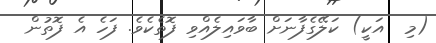
(މި  އަކީ) ކަލޭގެފާނަށް ބާވައިލެއްވި ފޮތެކެވެ. ފަހެ އެ ފޮތުން